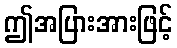
ဤအပြားအားဖြင့်